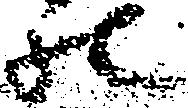
の